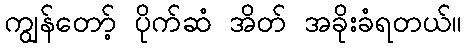
ကျွန်တော့် ပိုက်ဆံ အိတ် အခိုးခံရတယ်။